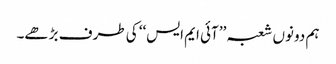
ہم دونوں شعبہ ’’آئی ایم ایس‘‘ کی طرف بڑھے۔